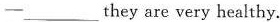
—___they are very healthy.